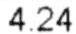
4.24